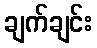
ချက်ချင်း